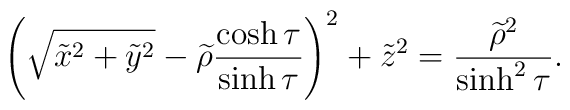
\left( \sqrt{\tilde{x}^{2}+\tilde{y}^{2}}-\widetilde{\rho }\frac{\cosh \tau}{\sinh \tau }\right) ^{2}+\tilde{z}^{2}=\frac{\widetilde{\rho }^{2}}{\sinh^{2}\tau }.